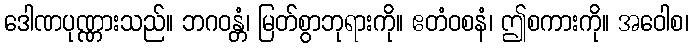
ဒေါဏပုဏ္ဏားသည်။ ဘဂဝန္တံ၊ မြတ်စွာဘုရားကို။ ဧတံဝစနံ၊ ဤစကားကို။ အဝေါစ၊